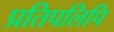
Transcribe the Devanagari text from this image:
प्रतिपलिपि